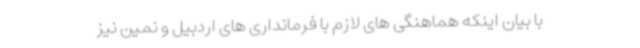
با بیان اینکه هماهنگی های لازم با فرمانداری های اردبیل و نمین نیز